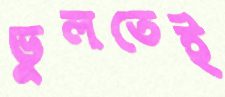
ভুলতেই